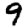
Digit: 9